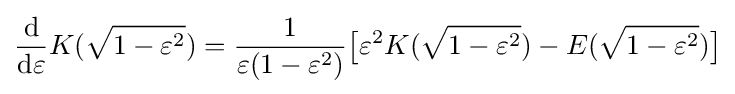
{\frac {\mathrm {d} }{\mathrm {d} \varepsilon }}K({\sqrt {1-\varepsilon ^{2}}})={\frac {1}{\varepsilon (1-\varepsilon ^{2})}}{\bigl [}\varepsilon ^{2}K({\sqrt {1-\varepsilon ^{2}}})-E({\sqrt {1-\varepsilon ^{2}}}){\bigr ]}